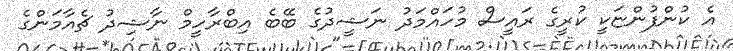
އެ ކުންފުންޏަކީ ކުރީގެ ރައީސް މުހައްމަދު ނަޝީދުގެ ބޭބެ އިބްރާހީމް ނާޝިދު ޗެއާމަންގެ